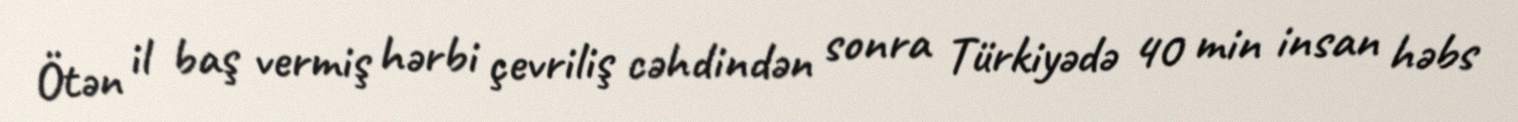
Ötən il baş vermiş hərbi çevriliş cəhdindən sonra Türkiyədə 40 min insan həbs